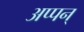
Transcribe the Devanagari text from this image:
अप्पन्